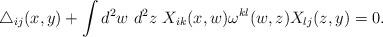
LaTeX: \begin{align*}\triangle_{ij}(x,y) + \int d^2 w~ d^2 z~ X_{ik}(x,w) \omega^{kl}(w,z) X_{lj}(z,y) = 0.\end{align*}